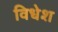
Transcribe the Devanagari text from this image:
विधेश